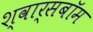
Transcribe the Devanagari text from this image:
श्वार्सबॉम